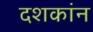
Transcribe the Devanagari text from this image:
दशकांन